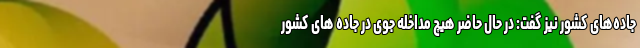
جاده‌های کشور نیز گفت: در حال حاضر هیچ مداخله جوی در جاده های کشور